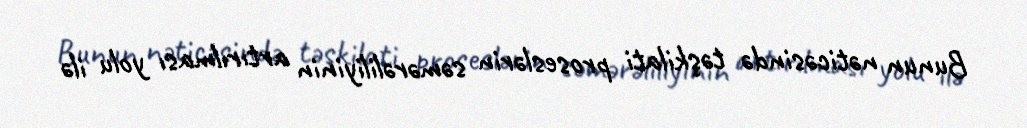
Bunun nəticəsində təşkilati proseslərin səmərəliliyinin artırılması yolu ilə